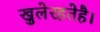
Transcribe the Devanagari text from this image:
खुलेरहतेहै।